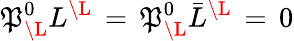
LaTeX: \mathfrak{P}_{{\mathbf{\L}}}^{0}L^{{\mathbf{\L}}}\, =\, \mathfrak{P}_{{\mathbf{\L}}}^{0}{\bar{{L}}}^{{\mathbf{\L}}}\, =\, 0